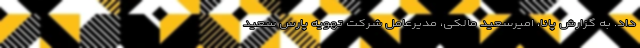
داد. به گزارش پانا، امیرسعید مالکی، مدیرعامل شرکت تهویه پارس سعید